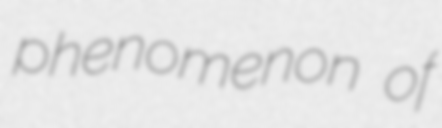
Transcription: phenomenon of